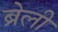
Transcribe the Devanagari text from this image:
ब्रेली